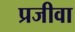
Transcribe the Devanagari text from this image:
प्रजीवा